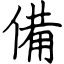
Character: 備